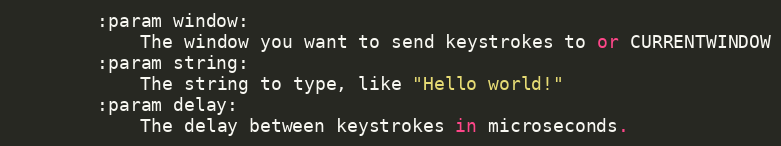
Language: Python
        :param window:
            The window you want to send keystrokes to or CURRENTWINDOW
        :param string:
            The string to type, like "Hello world!"
        :param delay:
            The delay between keystrokes in microseconds.